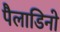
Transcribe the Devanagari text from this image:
पैलाडिनो